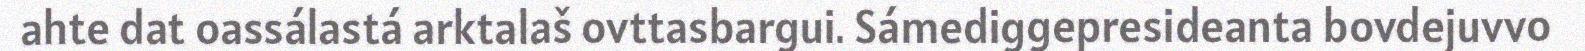
ahte dat oassálastá arktalaš ovttasbargui. Sámediggepresideanta bovdejuvvo